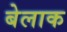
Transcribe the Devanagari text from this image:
बेलाक